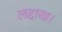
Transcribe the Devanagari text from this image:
लद्दाख।